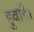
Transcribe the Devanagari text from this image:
हुवाहै।